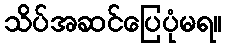
သိပ်အဆင်ပြေပုံမရ။